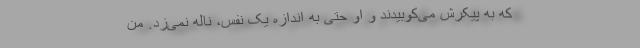
که به پیکرش می‌کوبیدند و او حتی به اندازه یک نفس، ناله نمی‌زد. من